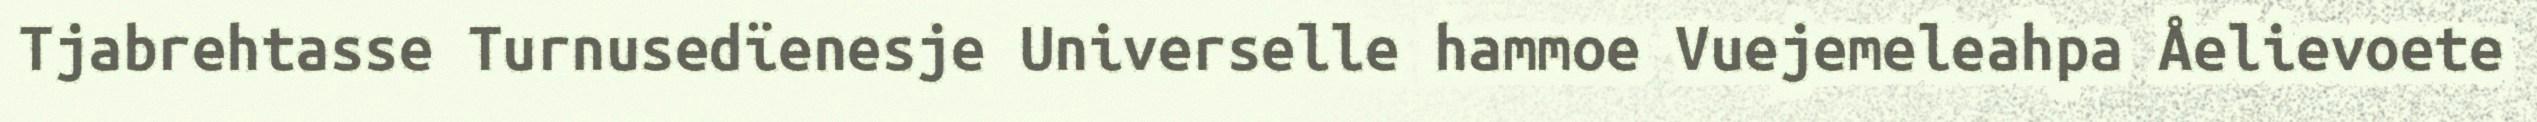
Tjabrehtasse Turnusedïenesje Universelle hammoe Vuejemeleahpa Åelievoete